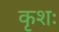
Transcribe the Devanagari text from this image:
कृशः